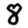
Digit: 8